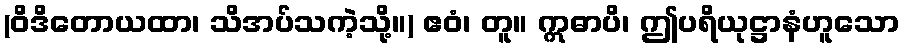
(ဝိဒိတောယထာ၊ သိအပ်သကဲ့သို့။) ဧဝံ၊ တူ။ ဣဓာပိ၊ ဤပရိယုဋ္ဌာနံဟူသော